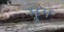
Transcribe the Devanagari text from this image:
मृ्ग